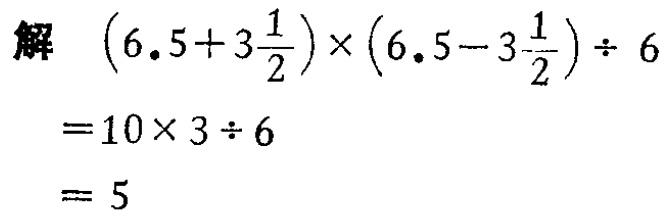
解 \((6.5 + 3\frac{1}{2})×(6.5 - 3\frac{1}{2})÷ 6\)

\(= 10×3÷ 6\)

\(= 5\)